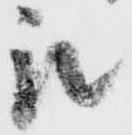
被